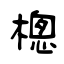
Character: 樬